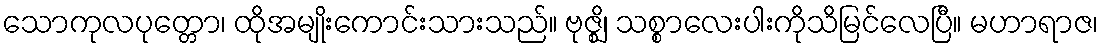
သောကုလပုတ္တော၊ ထိုအမျိုးကောင်းသားသည်။ ဗုဇ္ဈိ၊ သစ္စာလေးပါးကိုသိမြင်လေပြီ။ မဟာရာဇ၊